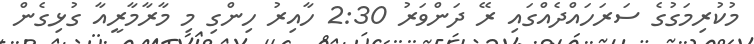
މުކުރިމަގުގެ ސަރަހައްދެއްގައި ރޭ ދަންވަރު 2:30 ހާއިރު ހިންގި މި މާރާމާރީއާ ގުޅިގެން